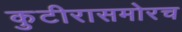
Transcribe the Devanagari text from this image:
कुटीरासमोरच